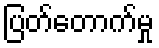
ပြတ်တောက်မှု